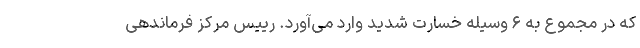
که در مجموع به ۶ وسیله خسارت شدید وارد می‌آورد. رییس مرکز فرماندهی